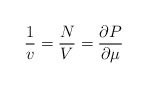
\begin{align*}\frac 1v=\frac NV=\frac{\partial P}{\partial \mu}\end{align*}